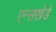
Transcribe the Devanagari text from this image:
एन्सखेडे